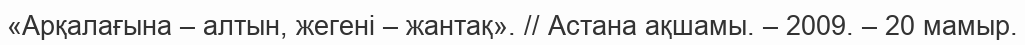
«Арқалағына – алтын, жегені – жантақ». // Астана ақшамы. – 2009. – 20 мамыр.